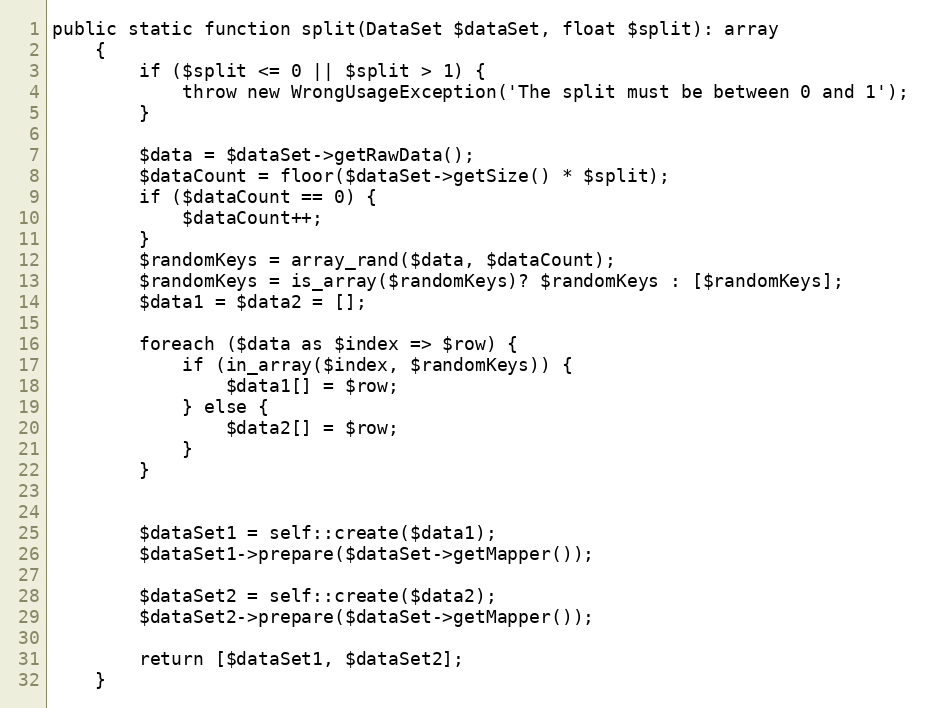
Language: PHP
public static function split(DataSet $dataSet, float $split): array
    {
        if ($split <= 0 || $split > 1) {
            throw new WrongUsageException('The split must be between 0 and 1');
        }

        $data = $dataSet->getRawData();
        $dataCount = floor($dataSet->getSize() * $split);
        if ($dataCount == 0) {
            $dataCount++;
        }
        $randomKeys = array_rand($data, $dataCount);
        $randomKeys = is_array($randomKeys)? $randomKeys : [$randomKeys];
        $data1 = $data2 = [];

        foreach ($data as $index => $row) {
            if (in_array($index, $randomKeys)) {
                $data1[] = $row;
            } else {
                $data2[] = $row;
            }
        }

        $dataSet1 = self::create($data1);
        $dataSet1->prepare($dataSet->getMapper());

        $dataSet2 = self::create($data2);
        $dataSet2->prepare($dataSet->getMapper());

        return [$dataSet1, $dataSet2];
    }